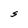
Character: S